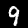
Digit: 9